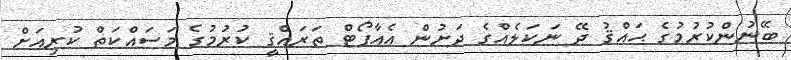
ބޭނުންކުރުމުގެ ޙައްޤު ދޭ ނަކަލެއްގެ ދަށުން އެއާޕޯޓް ތަރައްޤީ ކުރުމުގެ މަސައްކަތް ކުރިއަށް